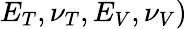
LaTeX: E_{T},\nu_{T},E_{V},\nu_{V})